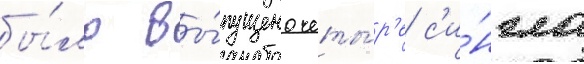
бы́ло вы́пущено четы́р'е с'и́нгла